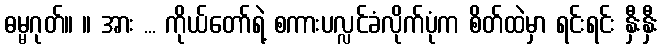
ဓမ္မဂုတ်။ ။ အား ... ကိုယ်တော်ရဲ့ စကားပလ္လင်ခံလိုက်ပုံက စိတ်ထဲမှာ ရင်းရင်း နှီးနှီး